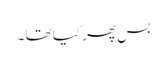
بس پھر کیا تھا ۔